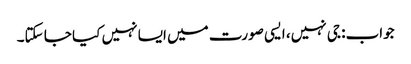
جواب: جی نہیں، ایسی صورت میں ایسا نہیں کیا جا سکتا۔